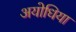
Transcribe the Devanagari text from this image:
अयोधिया